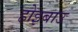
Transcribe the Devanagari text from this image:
होइबाउ